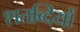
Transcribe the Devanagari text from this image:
शतब्दियों